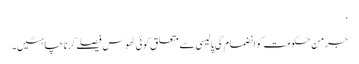
‘
جرمن حکومت کو انضمام کی پالیسی سے متعلق کوئی ٹھوس فیصلے کرنا چاہئیں۔